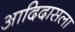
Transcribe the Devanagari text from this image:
आदिदासला